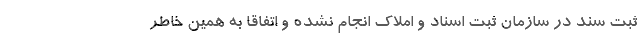
ثبت سند در سازمان ثبت اسناد و املاک انجام نشده و اتفاقا به همین خاطر